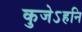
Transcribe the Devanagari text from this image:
कुजेऽहनि